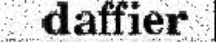
daffier